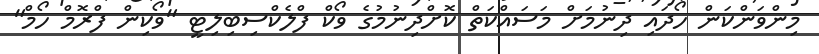
މިންވަންކަން ހޯދައި ދިނުމަށް މަސައްކަތް ކޮށްދިނުމުގެ ވޯކް ފްލެކްސިބިލިޓީ "ވޯކިން ފްރޮމް ހޯމް"